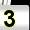
Digit: 3